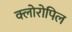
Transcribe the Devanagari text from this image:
क्लोरोपिल